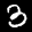
Digit: 3